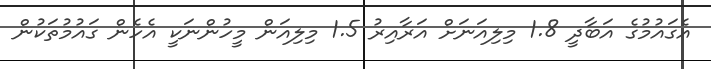
އެގައުމުގެ އަބާދީ 1.8 މިލިއަނަށް އަރާއިރު 1.5 މިލިއަން މީހުންނަކީ އެހެން ގައުމުތަކުން